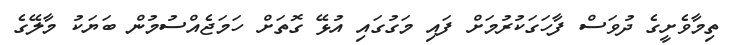
ތިމާވެށީގެ ދުވަސް ފާހަގަކުރުމަށް ފައި މަގުގައި އުޅޭ ގޮތަށް ހަމަޖެއްސުމުން ބަޔަކު މާލޭގެ